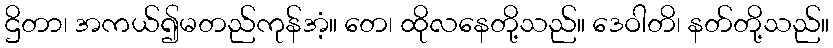
ဌိတာ၊ အကယ်၍မတည်ကုန်အံ့။ တေ၊ ထိုလနေတို့သည်။ ဒေဝါတိ၊ နတ်တို့သည်။